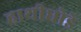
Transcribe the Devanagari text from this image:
हाथीघोडे